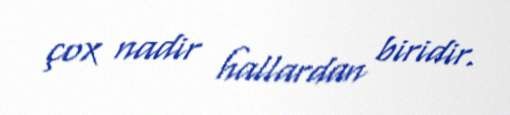
çox nadir hallardan biridir.